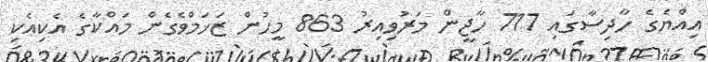
އިއްޔެގެ ހާދިސާގައި 717 ހާޖީން މަރުވިއިރު 863 މީހުން ޒަޚަމްވެގެން މައްކާގެ އެކިއެކި